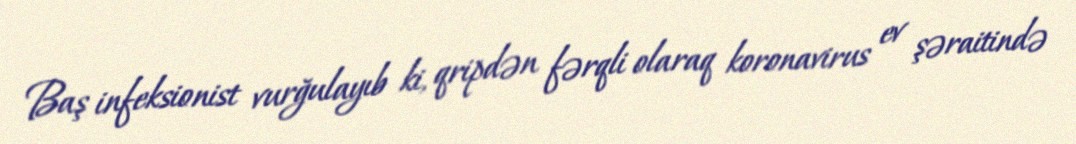
Baş infeksionist vurğulayıb ki, qripdən fərqli olaraq koronavirus ev şəraitində